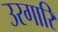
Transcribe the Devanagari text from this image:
उरगारि